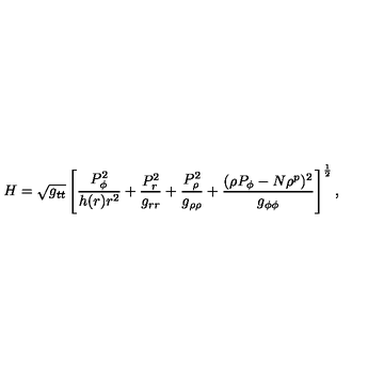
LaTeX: H = \sqrt { g _ { t t } } \left[ { \frac { P _ { \phi } ^ { 2 } } { h ( r ) r ^ { 2 } } } + { \frac { P _ { r } ^ { 2 } } { g _ { r r } } } + { \frac { P _ { \rho } ^ { 2 } } { g _ { \rho \rho } } } + { \frac { ( \rho P _ { \phi } - N \rho ^ { p } ) ^ { 2 } } { g _ { \phi \phi } } } \right] ^ { \frac { 1 } { 2 } } ,